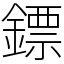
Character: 鏢